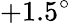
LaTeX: +1.5^{\circ}